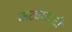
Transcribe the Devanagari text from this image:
कट्यारदंती